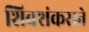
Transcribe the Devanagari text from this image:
शिवशंकराने